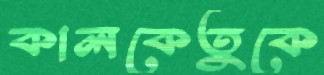
কালকেতুকে